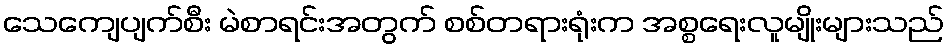
သေကျေပျက်စီး မဲစာရင်းအတွက် စစ်တရားရုံးက အစ္စရေးလူမျိုးများသည်